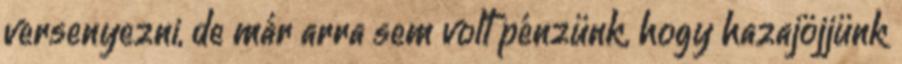
versenyezni, de már arra sem volt pénzünk, hogy hazajöjjünk